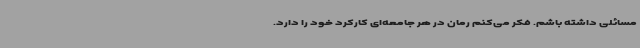
مسائلی داشته باشم. فکر می‌کنم رمان در هر جامعه‌ای کارکرد خود را دارد.